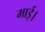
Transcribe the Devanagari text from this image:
माई।